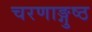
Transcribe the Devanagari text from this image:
चरणाङ्गुष्ठ